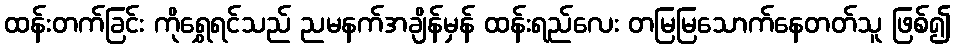
ထန်းတက်ခြင်း ကိုရွှေရင်သည် ညမနက်အချိန်မှန် ထန်းရည်လေး တမြမြသောက်နေတတ်သူ ဖြစ်၍